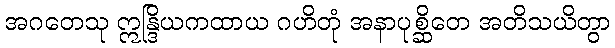
အဂတေသု ဣန္ဒြိယကထာယ ဂဟိတုံ အနာပုစ္ဆိတေ အတိသယိတွာ